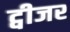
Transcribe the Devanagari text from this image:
ट्वीजर